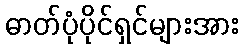
ဓာတ်ပုံပိုင်ရှင်များအား